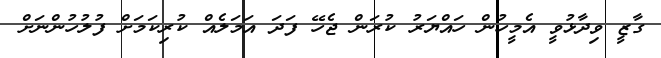
ގާޒީ ވިދާޅުވީ އެމީހުން ހައްޔަރު ކުރަން ޖެހޭ ފަދަ އަމަލެއް ކުރިކަމަށް ފުލުހުންނަށް